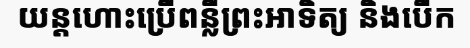
យន្តហោះប្រើពន្លឺព្រះអាទិត្យ និងបើក